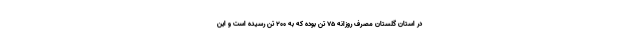
در استان گلستان مصرف روزانه ۷۵ تن بوده که به ۲۰۰ تن رسیده است و این